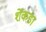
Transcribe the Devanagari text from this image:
शेंकडा